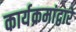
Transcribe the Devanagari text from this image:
कार्यक्रमांद्वारे